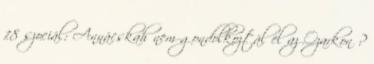
18 szociál: Annácskah nem gondolkoztál el az Ozarkon ?